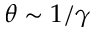
\theta \sim 1 / \gamma